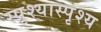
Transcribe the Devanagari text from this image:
स्पृश्‍यास्पृश्‍य